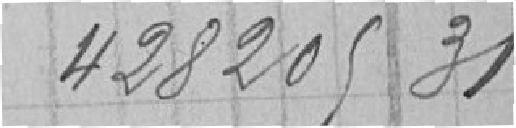
428205,31